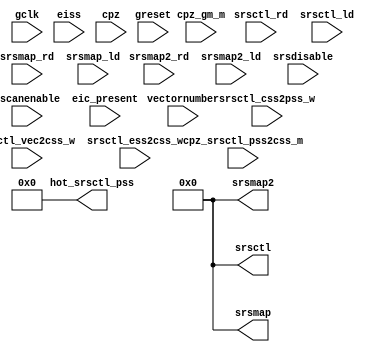
module m14k_cpz_guest_srs1(
	gscanenable,
	greset,
	gclk,
	srsctl_rd,
	srsctl_ld,
	srsmap_rd,
	srsmap_ld,
	srsmap2_rd,
	srsmap2_ld,
	cpz_srsctl_pss2css_m,
	srsctl_css2pss_w,
	srsctl_vec2css_w,
	srsctl_ess2css_w,
	eic_present,
	srsdisable,
	eiss,
	vectornumber,
	cpz,
	cpz_gm_m,
	srsctl,
	srsmap,
	srsmap2,
	hot_srsctl_pss);


	/* Inputs */
	input		gscanenable;	// Scan Enable
	input		greset;		// Power on and reset for chip
	input	 gclk;		// Clock

	input		srsctl_rd;	// Read srsctl onto cpz line
	input		srsctl_ld;	// Load srsctl register via MTC0
	input		srsmap_rd;	// Read srsmap onto cpz line
	input		srsmap_ld;	// Load srsmap register via MTC0
	input		srsmap2_rd;	// Read srsmap onto cpz line
	input		srsmap2_ld;	// Load srsmap register via MTC0

	input		cpz_srsctl_pss2css_m;	// Copy PSS to CSS
	input		srsctl_css2pss_w;	// Copy CSS to PSS
	input		srsctl_vec2css_w;	// Copy VEC to CSS
	input		srsctl_ess2css_w;	// Copy ESS to CSS

	input		eic_present;		// External Interrupt cpntroller present
        input [3:0]     srsdisable;             // Disable some shadow sets

	input [3:0]	eiss;		// Shadow set, comes with the requested interrupt
	input [5:0]	vectornumber;	// Interrupt vektor number
	input [31:0]	cpz;		// local coprocessor write bus

	input		cpz_gm_m;

	/* Outputs */
	output [31:0]	srsctl;		// SRS Control rergister
	output [31:0]	srsmap;		// SRS Mapping register
	output [31:0]	srsmap2;	// SRS Mapping register 2
	output [3:0]	hot_srsctl_pss;

// BEGIN Wire declarations made by MVP
wire [31:0] /*[31:0]*/ srsctl;
wire [3:0] /*[3:0]*/ hot_srsctl_pss;
wire [31:0] /*[31:0]*/ srsmap2;
wire [31:0] /*[31:0]*/ srsmap;
// END Wire declarations made by MVP



	assign srsctl [31:0] = 32'h0;
	assign srsmap [31:0] = 32'h0;
	assign srsmap2 [31:0] = 32'h0;
	assign hot_srsctl_pss[3:0] = 4'b0;

// Artifact code to give the testbench a cannonical reference point independent of 
// how watch is configured
  
 //VCS coverage off 
//
//

wire [31:0] next_srs_srsctl = 32'h0;
wire [31:0] next_srs_srsmap = 32'h0;

wire [31:0] next_srs_srsmap2 = 32'h0;

//
 //VCS coverage on  
  
//

endmodule